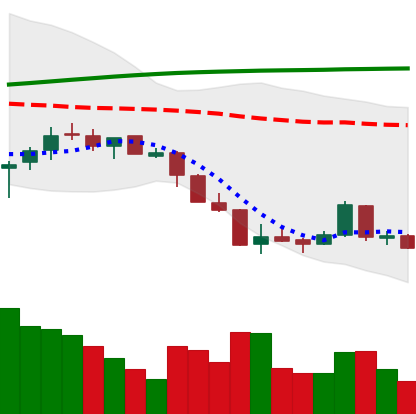
Ticker: LTC-USD
Chart end date: 2018-04-06
Forward return: 4.539%
Label: up_3_5